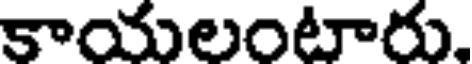
కాయలంటారు,